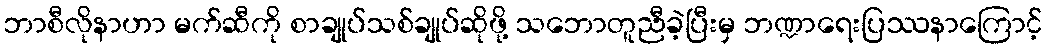
ဘာစီလိုနာဟာ မက်ဆီကို စာချုပ်သစ်ချုပ်ဆိုဖို့ သဘောတူညီခဲ့ပြီးမှ ဘဏ္ဍာရေးပြဿနာကြောင့်